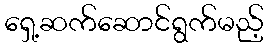
ရှေ့ဆက်ဆောင်ရွက်မည့်